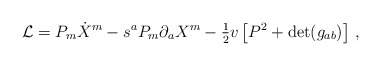
\begin{align*}{\cal L} = P_m \dot {X}^m - s^a P_m\partial_a X^m -{\textstyle{1\over 2}} v \left [ P^2 + {\rm det} (g_{ab}) \right ]\, ,\end{align*}